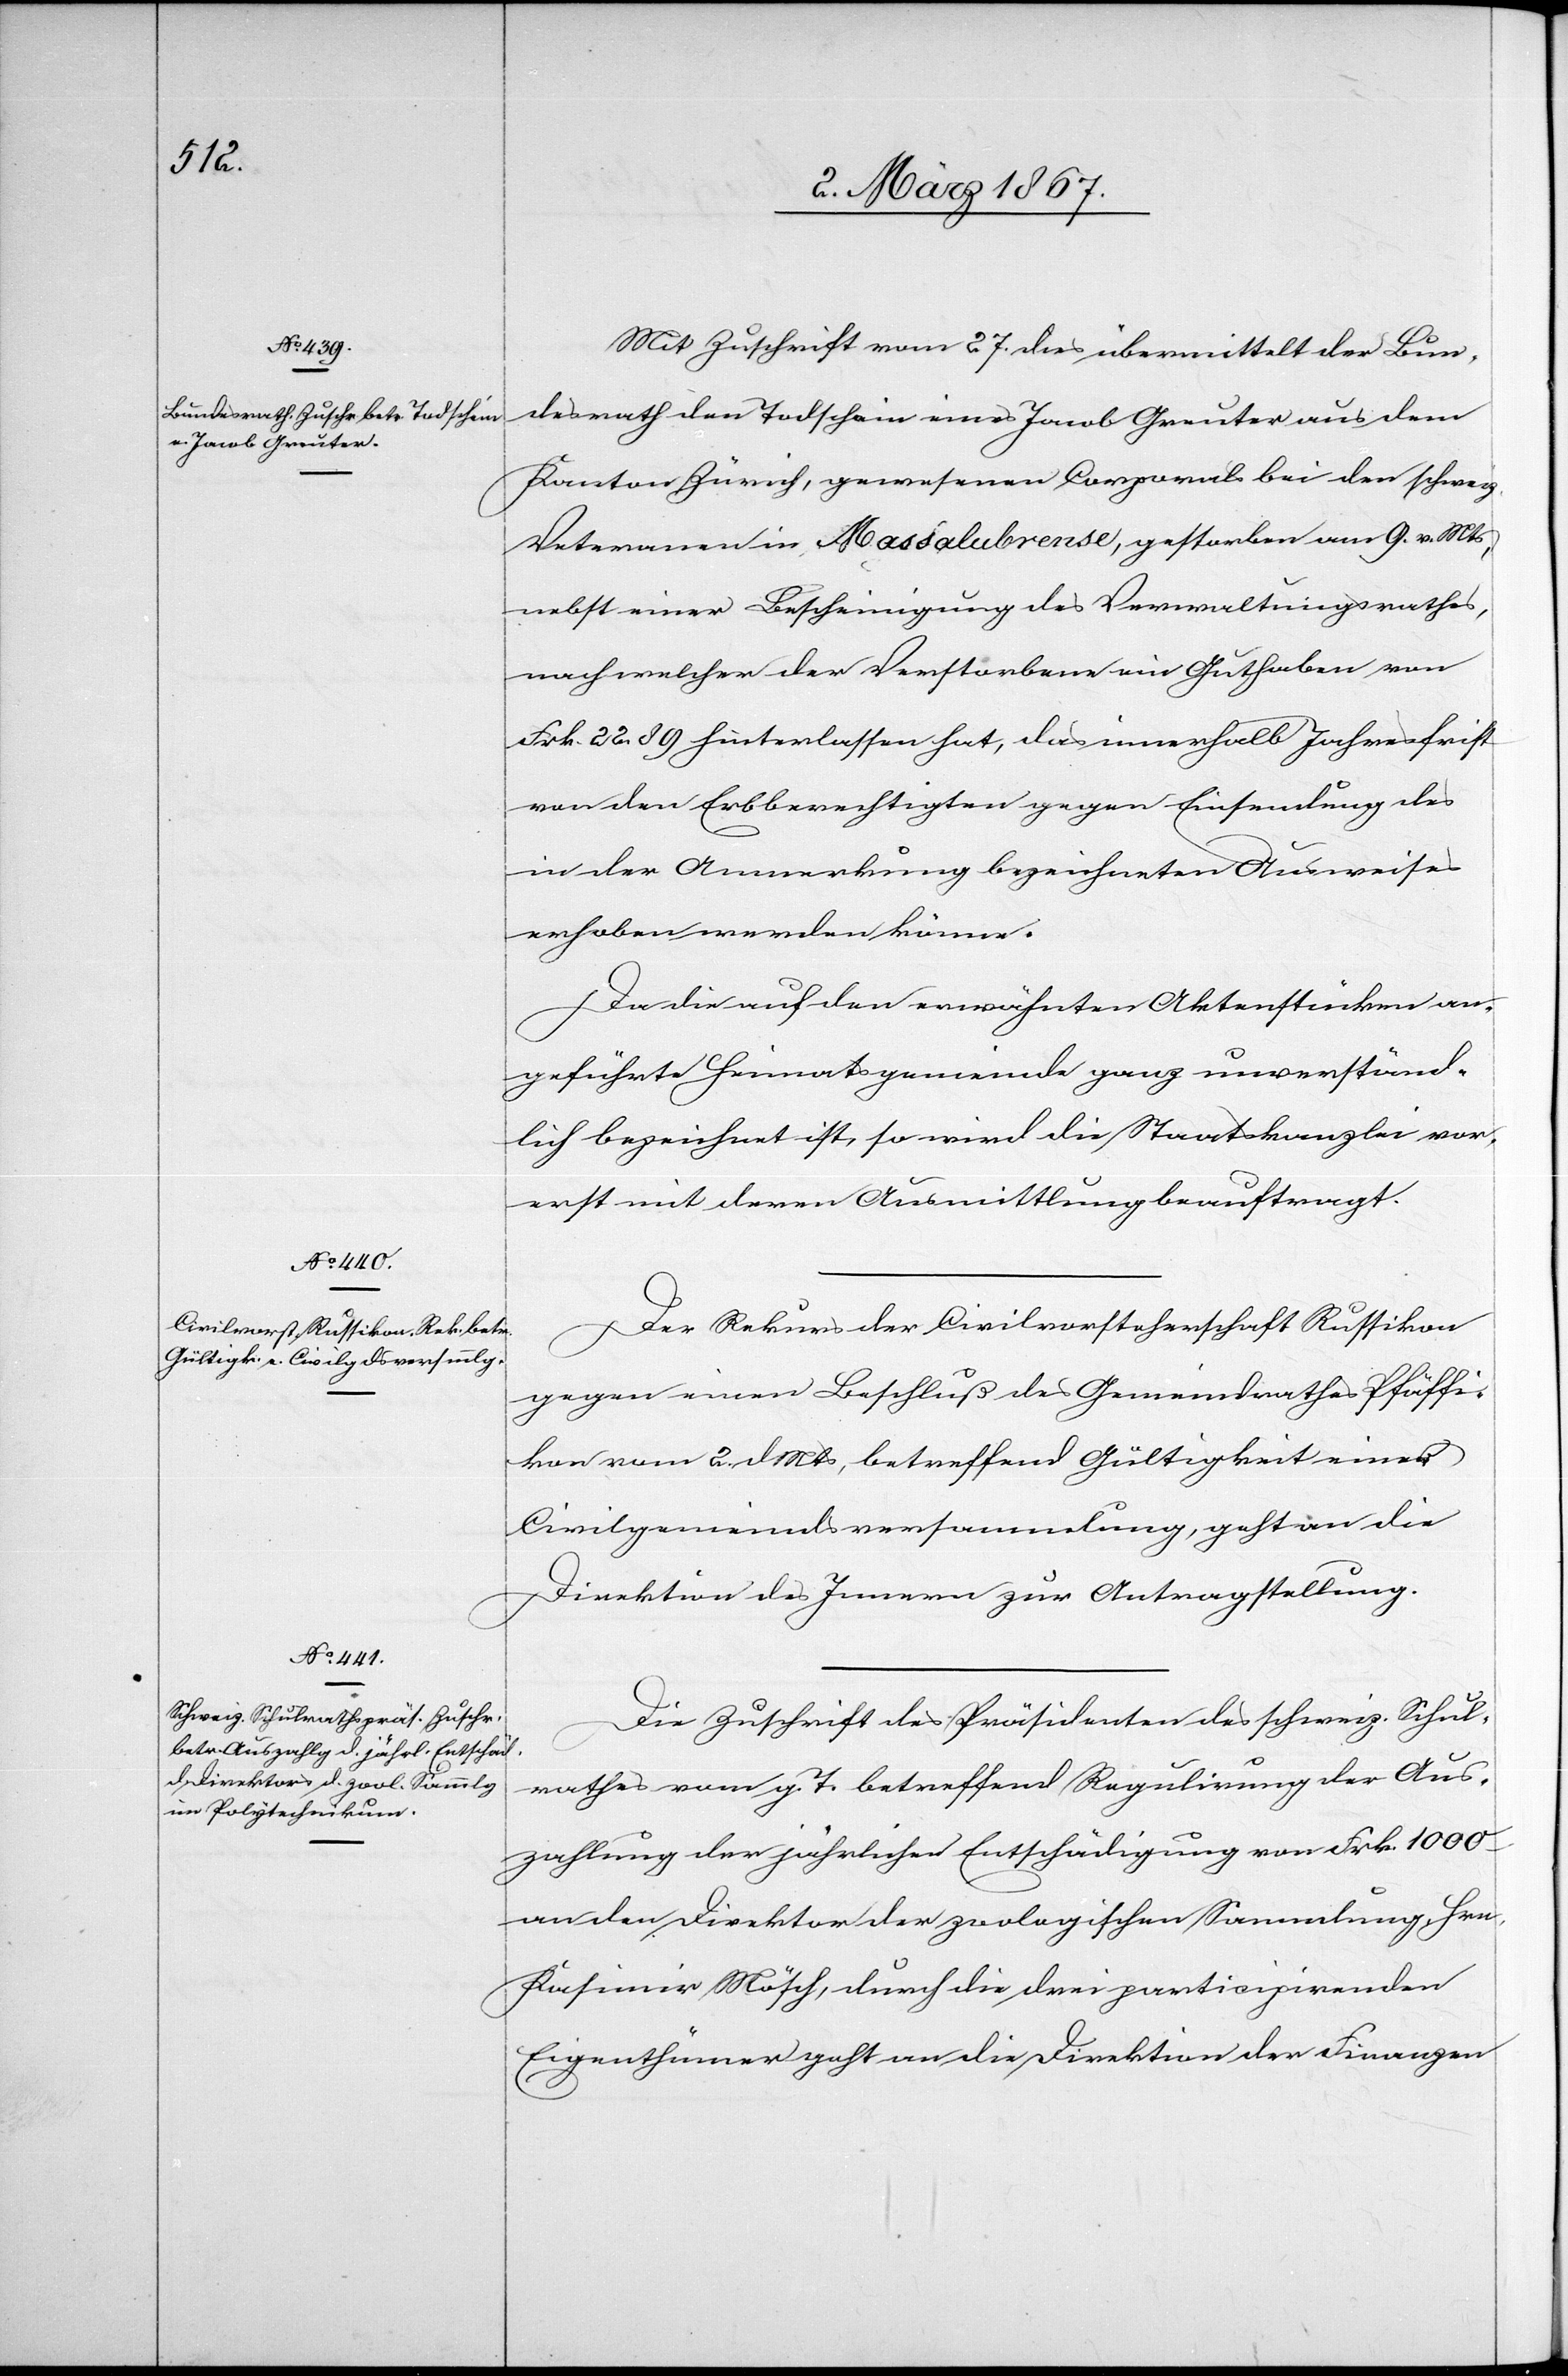
2. März 1867.]
Mit Zuschrift vom 27. dies übermittelt der Bun¬
desrath den Todschein eines Jacob Greuter aus dem
Kanton Zürich, gewesenen Corporals bei den schweiz.
Veteranen in Massalubrense, gestorben am 9. v. Mts,
nebst einer Bescheinigung des Verwaltungsrathes,
nach welcher der Verstorbene ein Guthaben von
Frk. 22.89 hinterlassen hat, das innerhalb Jahresfrist
von den Erbberechtigten gegen Einsendung des
in der Anmerkung bezeichneten Ausweises
erhoben werden könne.
Da die auf den erwähnten Aktenstücken an¬
geführte Heimatsgemeinde ganz unverständ¬
lich bezeichnet ist, so wird die Staatskanzlei vor¬
erst mit deren Ausmittlung beauftragt.
Der Rekurs der Civilvorsteherschaft Russikon
gegen einen Beschluß des Gemeindrathes Pfäffi¬
kon vom 2. d. Mts, betreffend Gültigkeit einer
Civilgemeindsversammlung, geht an die
Direktion des Innern zur Antragstellung.
Die Zuschrift des Präsidenten des schweiz. Schul¬
rathes vom g. T. betreffend Regulirung der Aus¬
zahlung der jährlichen Entschädigung von Frk. 1000
an den Direktor der zoologischen Sammlung Hrn.
Kasimir Mösch, durch die drei participirenden
Eigenthümer geht an die Direktion der Finanzen,